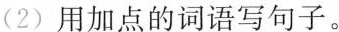
(2) 用加点的词语写句子。